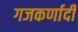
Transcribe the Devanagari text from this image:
गजकर्णादी